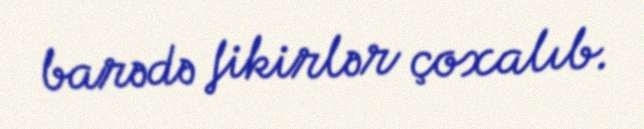
barədə fikirlər çoxalıb.